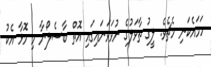
ހަމައެކަނި މެޗެވެ. ލީގު ތާވަލުގެ ނުވަވަނައިގައި އޮތް ބާސެލޯނާ މި މޮޅާ އެކު